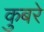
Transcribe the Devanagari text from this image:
कुबरे